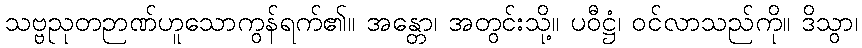
သဗ္ဗညုတဉာဏ်ဟူသောကွန်ရက်၏။ အန္တော၊ အတွင်းသို့။ ပဝီဋ္ဌံ၊ ဝင်လာသည်ကို။ ဒိသွာ၊